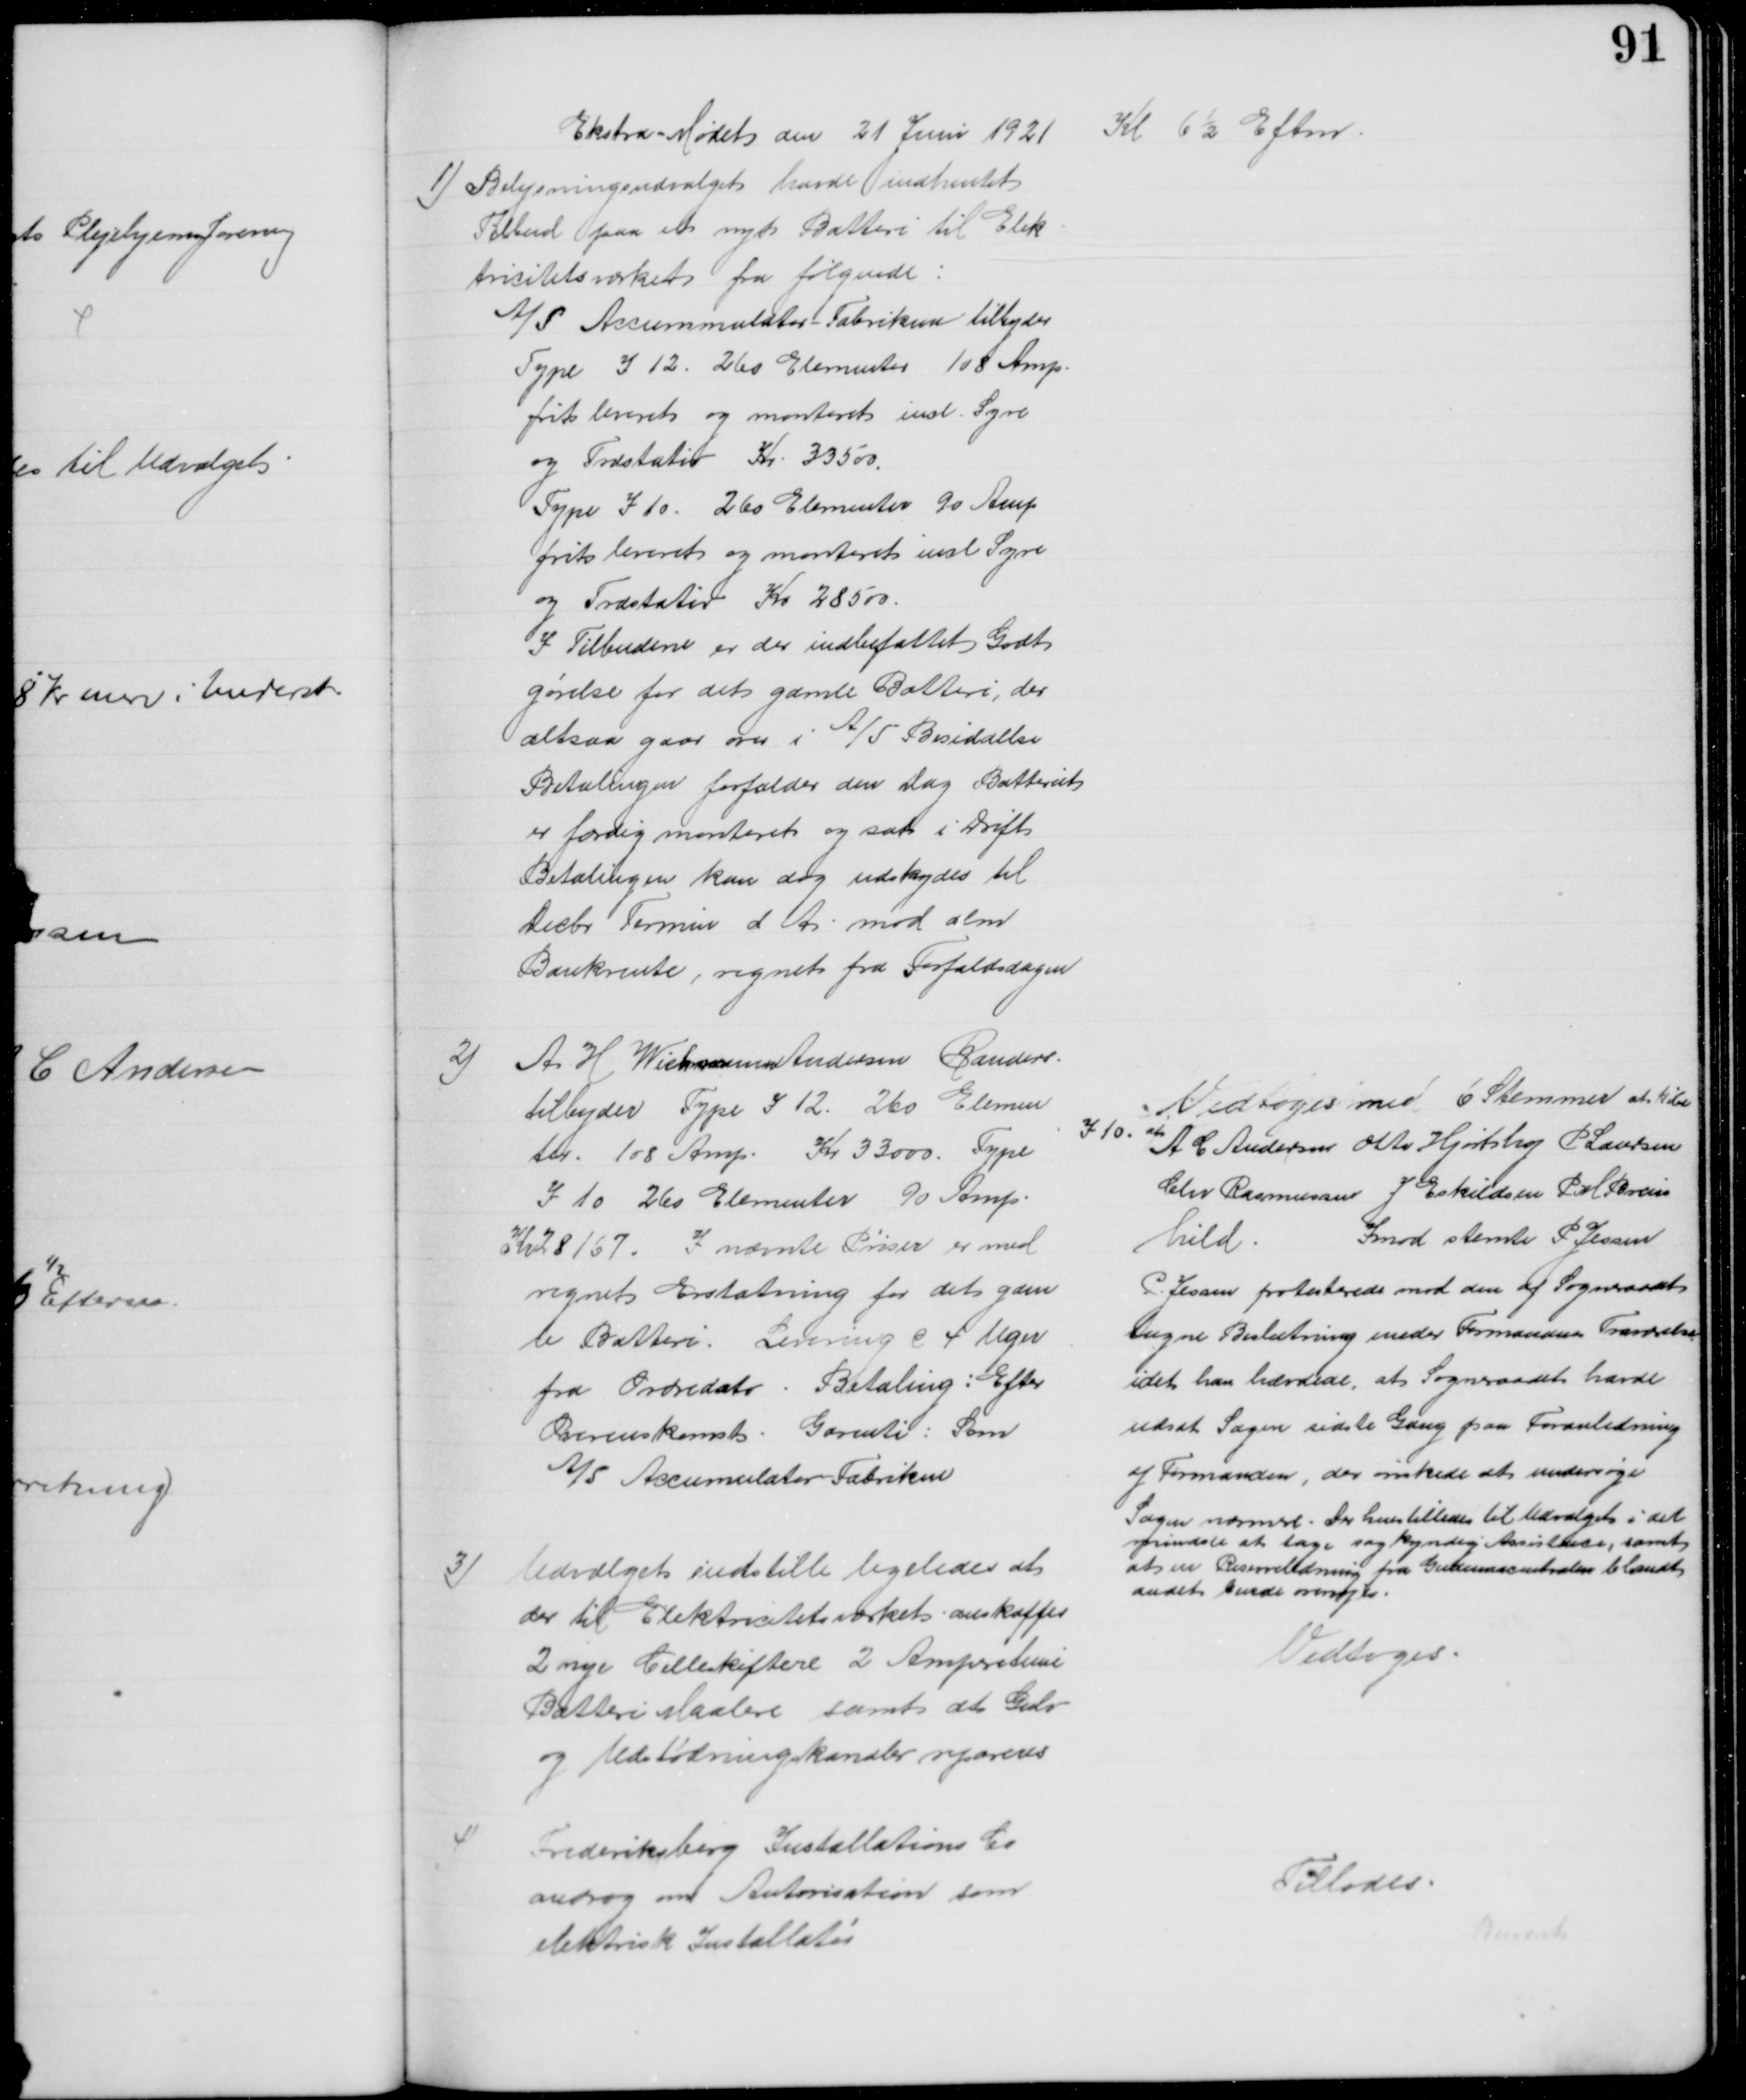
Transskription:
Ekstra-Mødet den 21 Juni 1921 Kl 6½ Eftm.
1) Belysningsudvalget havde indhentet
Tilbud paa et nyt Batteri til Elek-
tricitetsværket fra følgende:
A/S Accummulator Fabriken tilbyder
Type I 12. 260 Elementer 108 Amp.
frit leveret og monteret incl. Syre
og Træstativ Kr. 33500.
Type I 10. 260 Elementer 90 Amp
frit leveret og monteret incl Syre
og Træstativ Kr 28500.
I Tilbudene er der indbefattet Godt
gørelse for det gamle Batteri, der
altsaa gaar over i A/S Besiddelse
Betalingen forfalder den dag Batteriet
er færdig monteret og sat i Drift
Betalingen kan dog udskydes til
Decbr Termin d A. mod alm
Bankrente, regnet fra Forfaldsdagen
2) A H Wichmann Andersen Randers
tilbyder Type I 12. 260 Elemen
ter. 108 Amp. Kr 33.000. Type
I 10 260 Elementer 90 Amp.
Kr 28167. I nævnte Priser er med
regnet Erstatning for det gam
le Batteri. Levering c 4 Uger
fra Ordredato. Betaling: Efter
Overenskomst. Garanti: Som
A/S Accumulator Fabriken
Vedtoges med 6 Stemmer at købe
I 10 af
A C Andersen Otto Hjortshøj P Laursen
Chr Rasmussen J Eskildsen P M Brein
hild.
Imod stemte P Jessen
P Jessen protesterede mod den af Sogneraadet
tagne Beslutning under Formandens Fraværelse
idet han hævdede, at Sogneraadet havde 
udsat Sagen sidste Gang paa Foranledning
af Formanden, der ønskede at undersøge
Sagen nærmere. Der henstilledes til Udvalget i det
mindste at tage sagkyndig Assistance, samt
at en Reserveledning fra Gudenaacentralen blandt
andet kunde overvejes.
3)
Udvalget indstille ligeledes at 
der til Elektricitetsværket anskaffes
2 nye Celleskiftere 2 Amperetime
Batteri Maalere samt at Gulv
og Udstødningskanaler repareres
Vedtoges.
4)
Frederiksberg Installations Co
androg om Autorisation som
elektrisk Installatør
Tillodes.